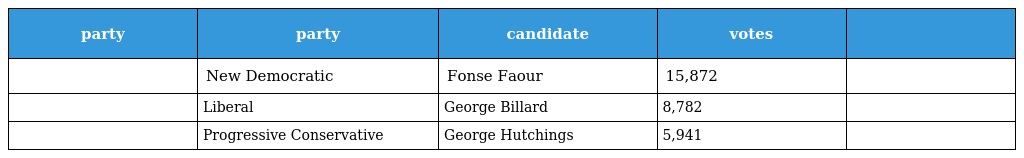
| party | party | candidate | votes |  |
 | --- | --- | --- | --- | --- |
 |  | New Democratic | Fonse Faour | 15,872 |  |
 |  | Liberal | George Billard | 8,782 |  |
 |  | Progressive Conservative | George Hutchings | 5,941 |  |